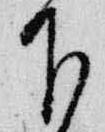
下